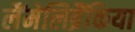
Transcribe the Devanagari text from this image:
लैंमेलिब्रैंकिया